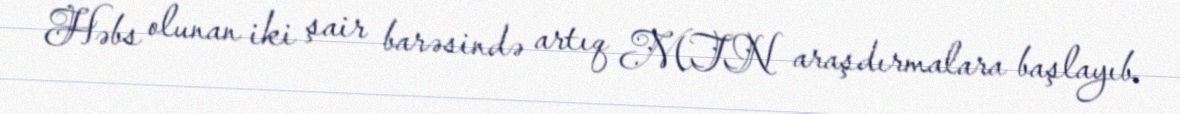
Həbs olunan iki şair barəsində artıq MTN araşdırmalara başlayıb.